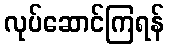
လုပ်ဆောင်ကြရန်